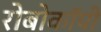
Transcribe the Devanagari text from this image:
रोबोकॉपी